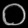
Digit: ၀